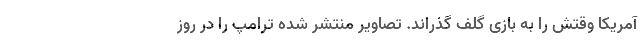
آمریکا وقتش را به بازی گلف گذراند. تصاویر منتشر شده ترامپ را در روز